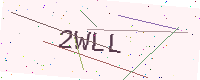
Text: 2WLL